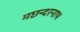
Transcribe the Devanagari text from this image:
मछन्दरनाथ